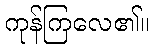
ကုန်ကြလေ၏။